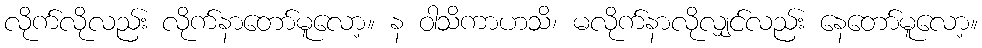
လိုက်လိုလည်း လိုက်နာတော်မူလော့။ န ဝါသိကာဟသိ၊ မလိုက်နာလိုလျှင်လည်း နေတော်မူလော့။